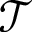
\mathcal { T }